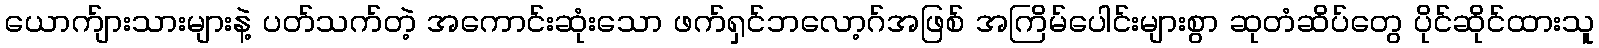
ယောက်ျားသားများနဲ့ ပတ်သက်တဲ့ အကောင်းဆုံးသော ဖက်ရှင်ဘလော့ဂ်အဖြစ် အကြိမ်ပေါင်းများစွာ ဆုတံဆိပ်တွေ ပိုင်ဆိုင်ထားသူ